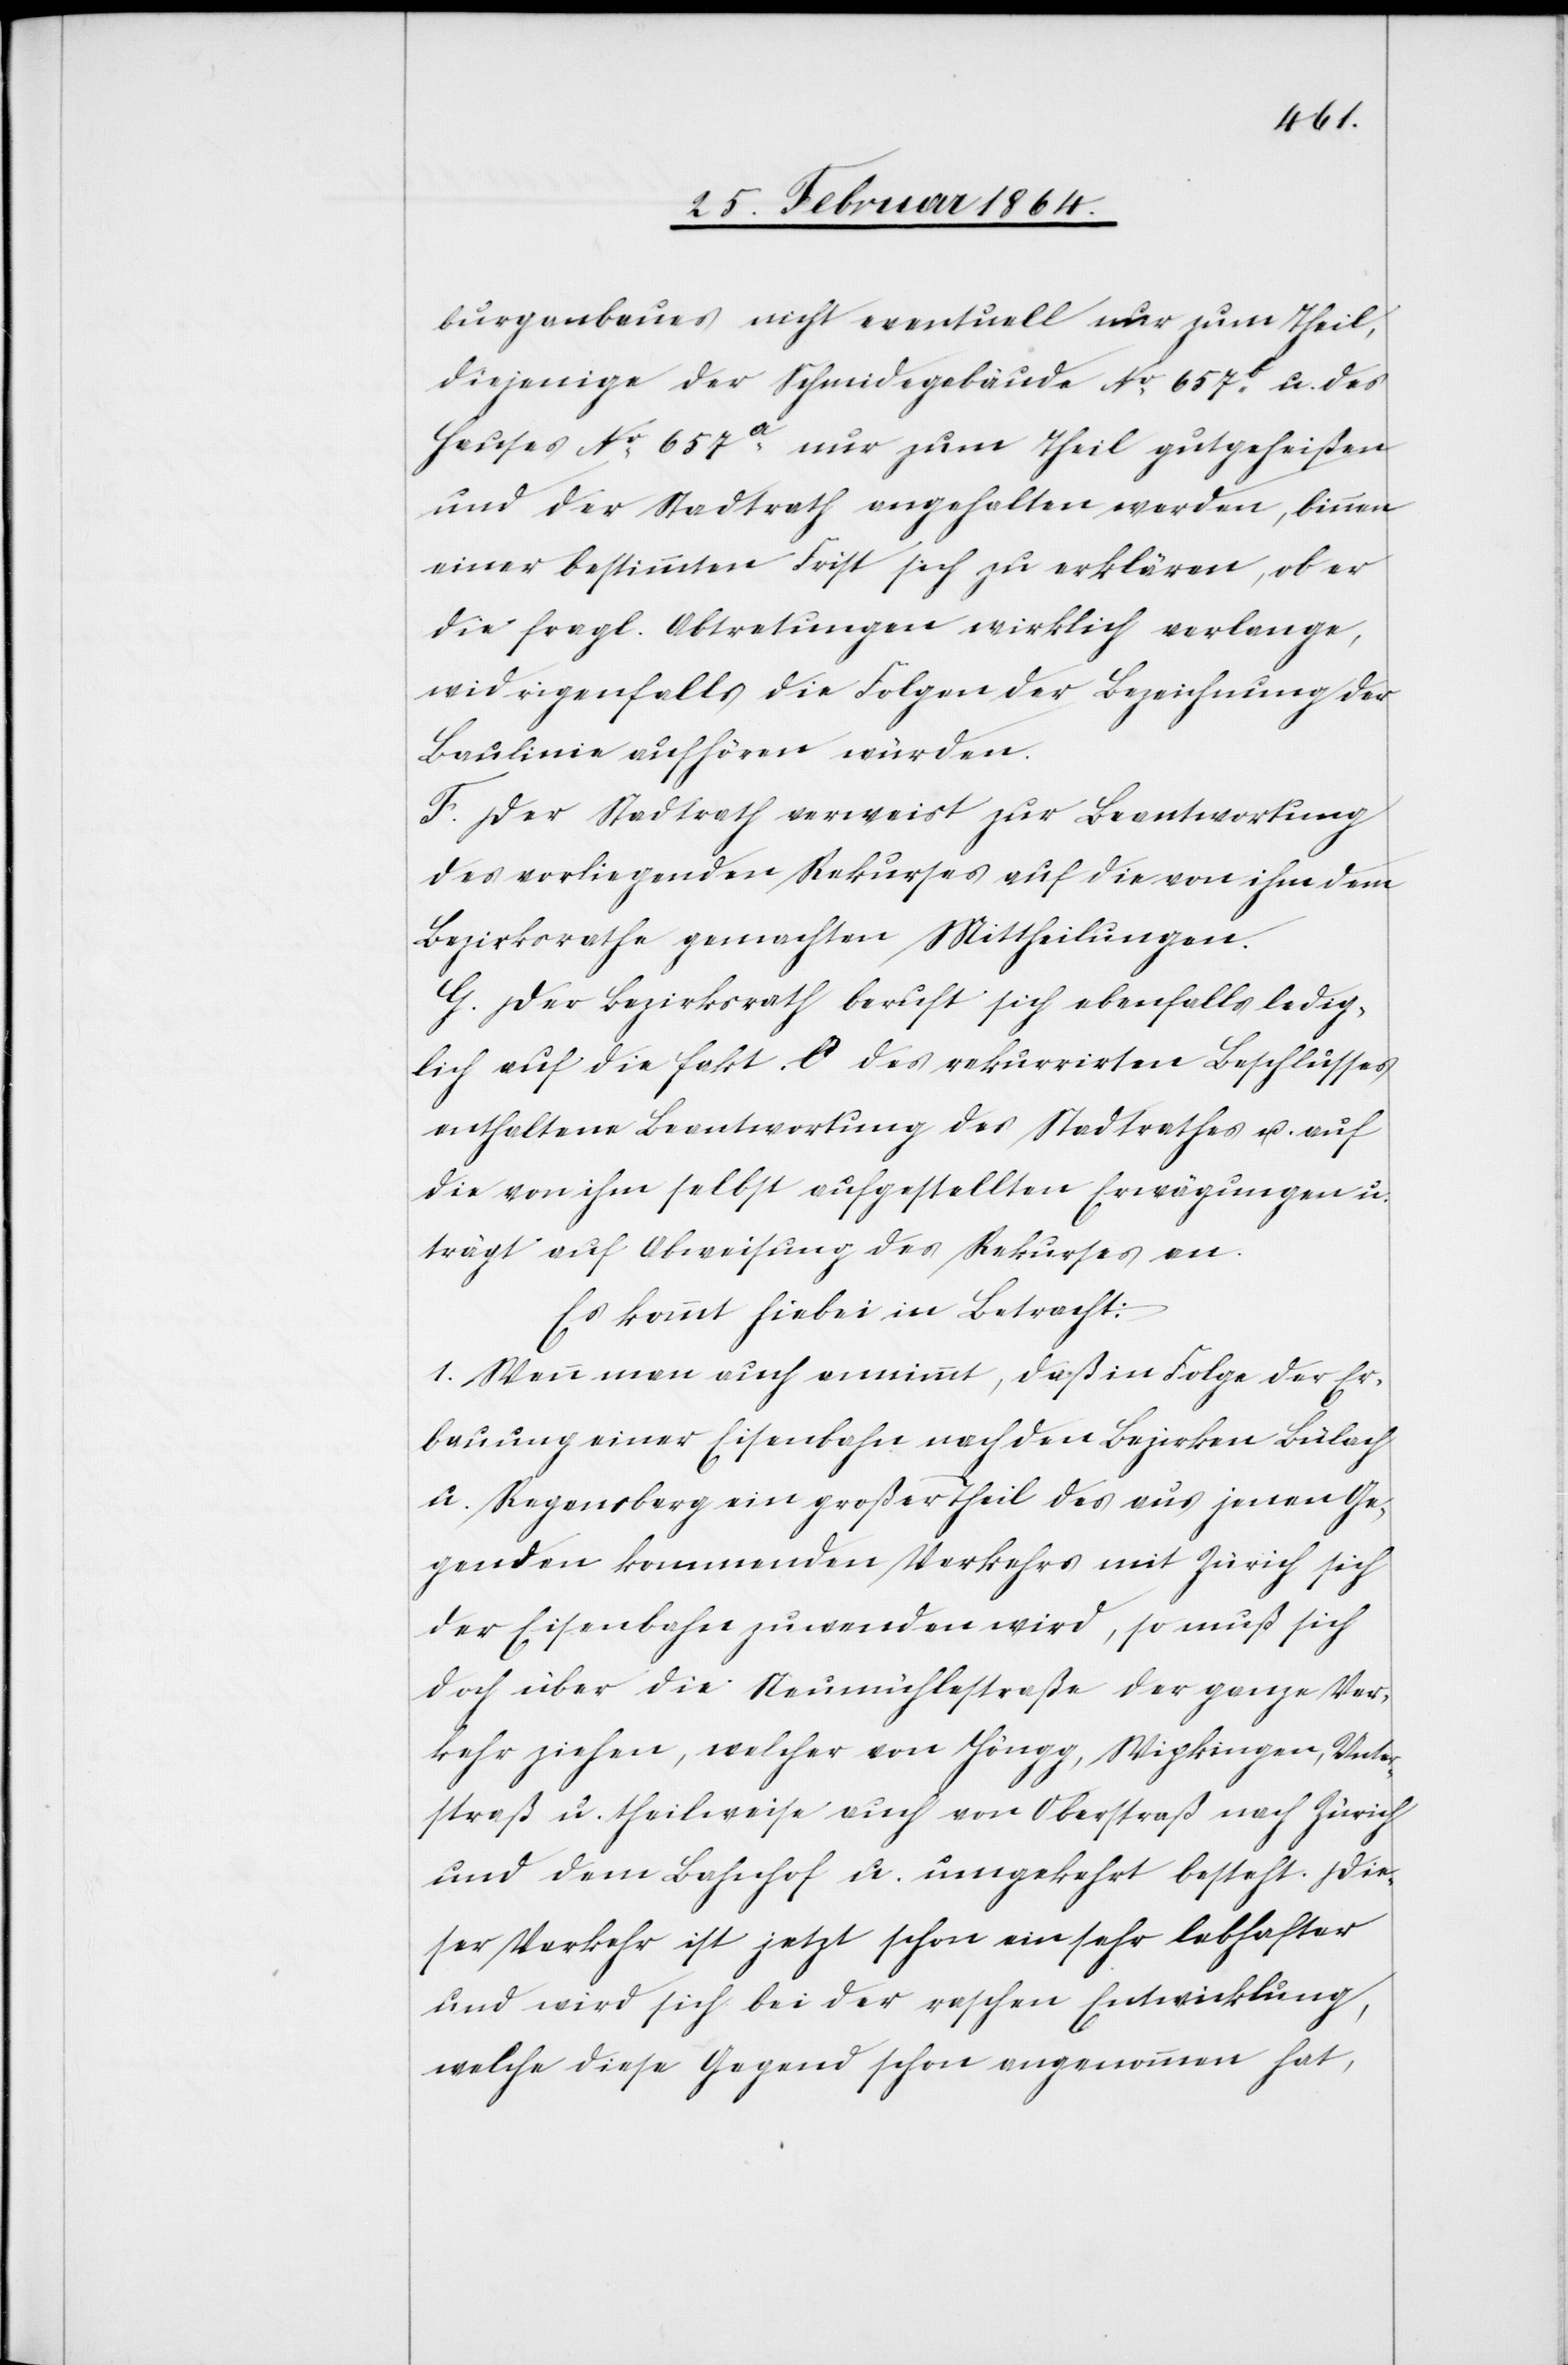
burganbaus nicht eventuell nur zum Theil,
diejenige der Schmidegebäude No 657b u. des
Hauses No 657a nur zum Theil gutgeheißen
und der Stadtrath angehalten werden, binnen
einer bestimmten Frist sich zu erklären, ob er
die fragl. Abtretungen wirklich verlange,
widrigenfalls die Folgen der Bezeichnung der
Baulinie aufhören würden.
F. Der Stadtrath verweist zur Beantwortung
des vorliegenden Rekurses auf die von ihm dem
Bezirksrathe gemachten Mittheilungen.
G. Der Bezirksrath beruft sich ebenfalls ledig¬
lich auf die fakt. C des rekurrirten Beschlusses
enthaltene Beantwortung des Stadtrathes u. auf
die von ihm selbst aufgestellten Erwägungen u.
trägt auf Abweisung des Rekurses an.
Es kommt hiebei in Betracht:
1. Wenn man auch annimmt, daß in Folge der Er¬
bauung einer Eisenbahn nach den Bezirken Bülach
u. Regensberg ein großer Theil des aus jenen Ge¬
genden kommenden Verkehrs mit Zürich sich
der Eisenbahn zuwenden wird, so muß sich
doch über die Neumühlestraße der ganze Ver¬
kehr ziehen, welcher von Höngg, Wipkingen, Unter¬
straß u. theilweise auch von Oberstraß nach Zürich
und dem Bahnhof u. umgekehrt besteht. Die¬
ser Verkehr ist jetzt schon ein sehr lebhafter
und wird sich bei der raschen Entwicklung,
welche diese Gegend schon angenommen hat,